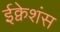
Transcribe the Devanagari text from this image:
ईक्वेशंस